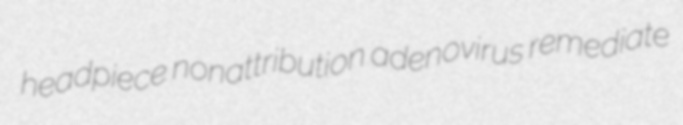
headpiece nonattribution adenovirus remediate